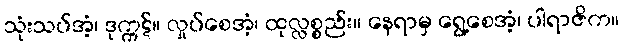
သုံးသပ်အံ့၊ ဒုက္ကဋ်။ လှုပ်စေအံ့၊ ထုလ္လစ္စည်း။ နေရာမှ ရွေ့စေအံ့၊ ပါရာဇိက။